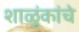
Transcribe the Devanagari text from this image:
शाळुंकांचे